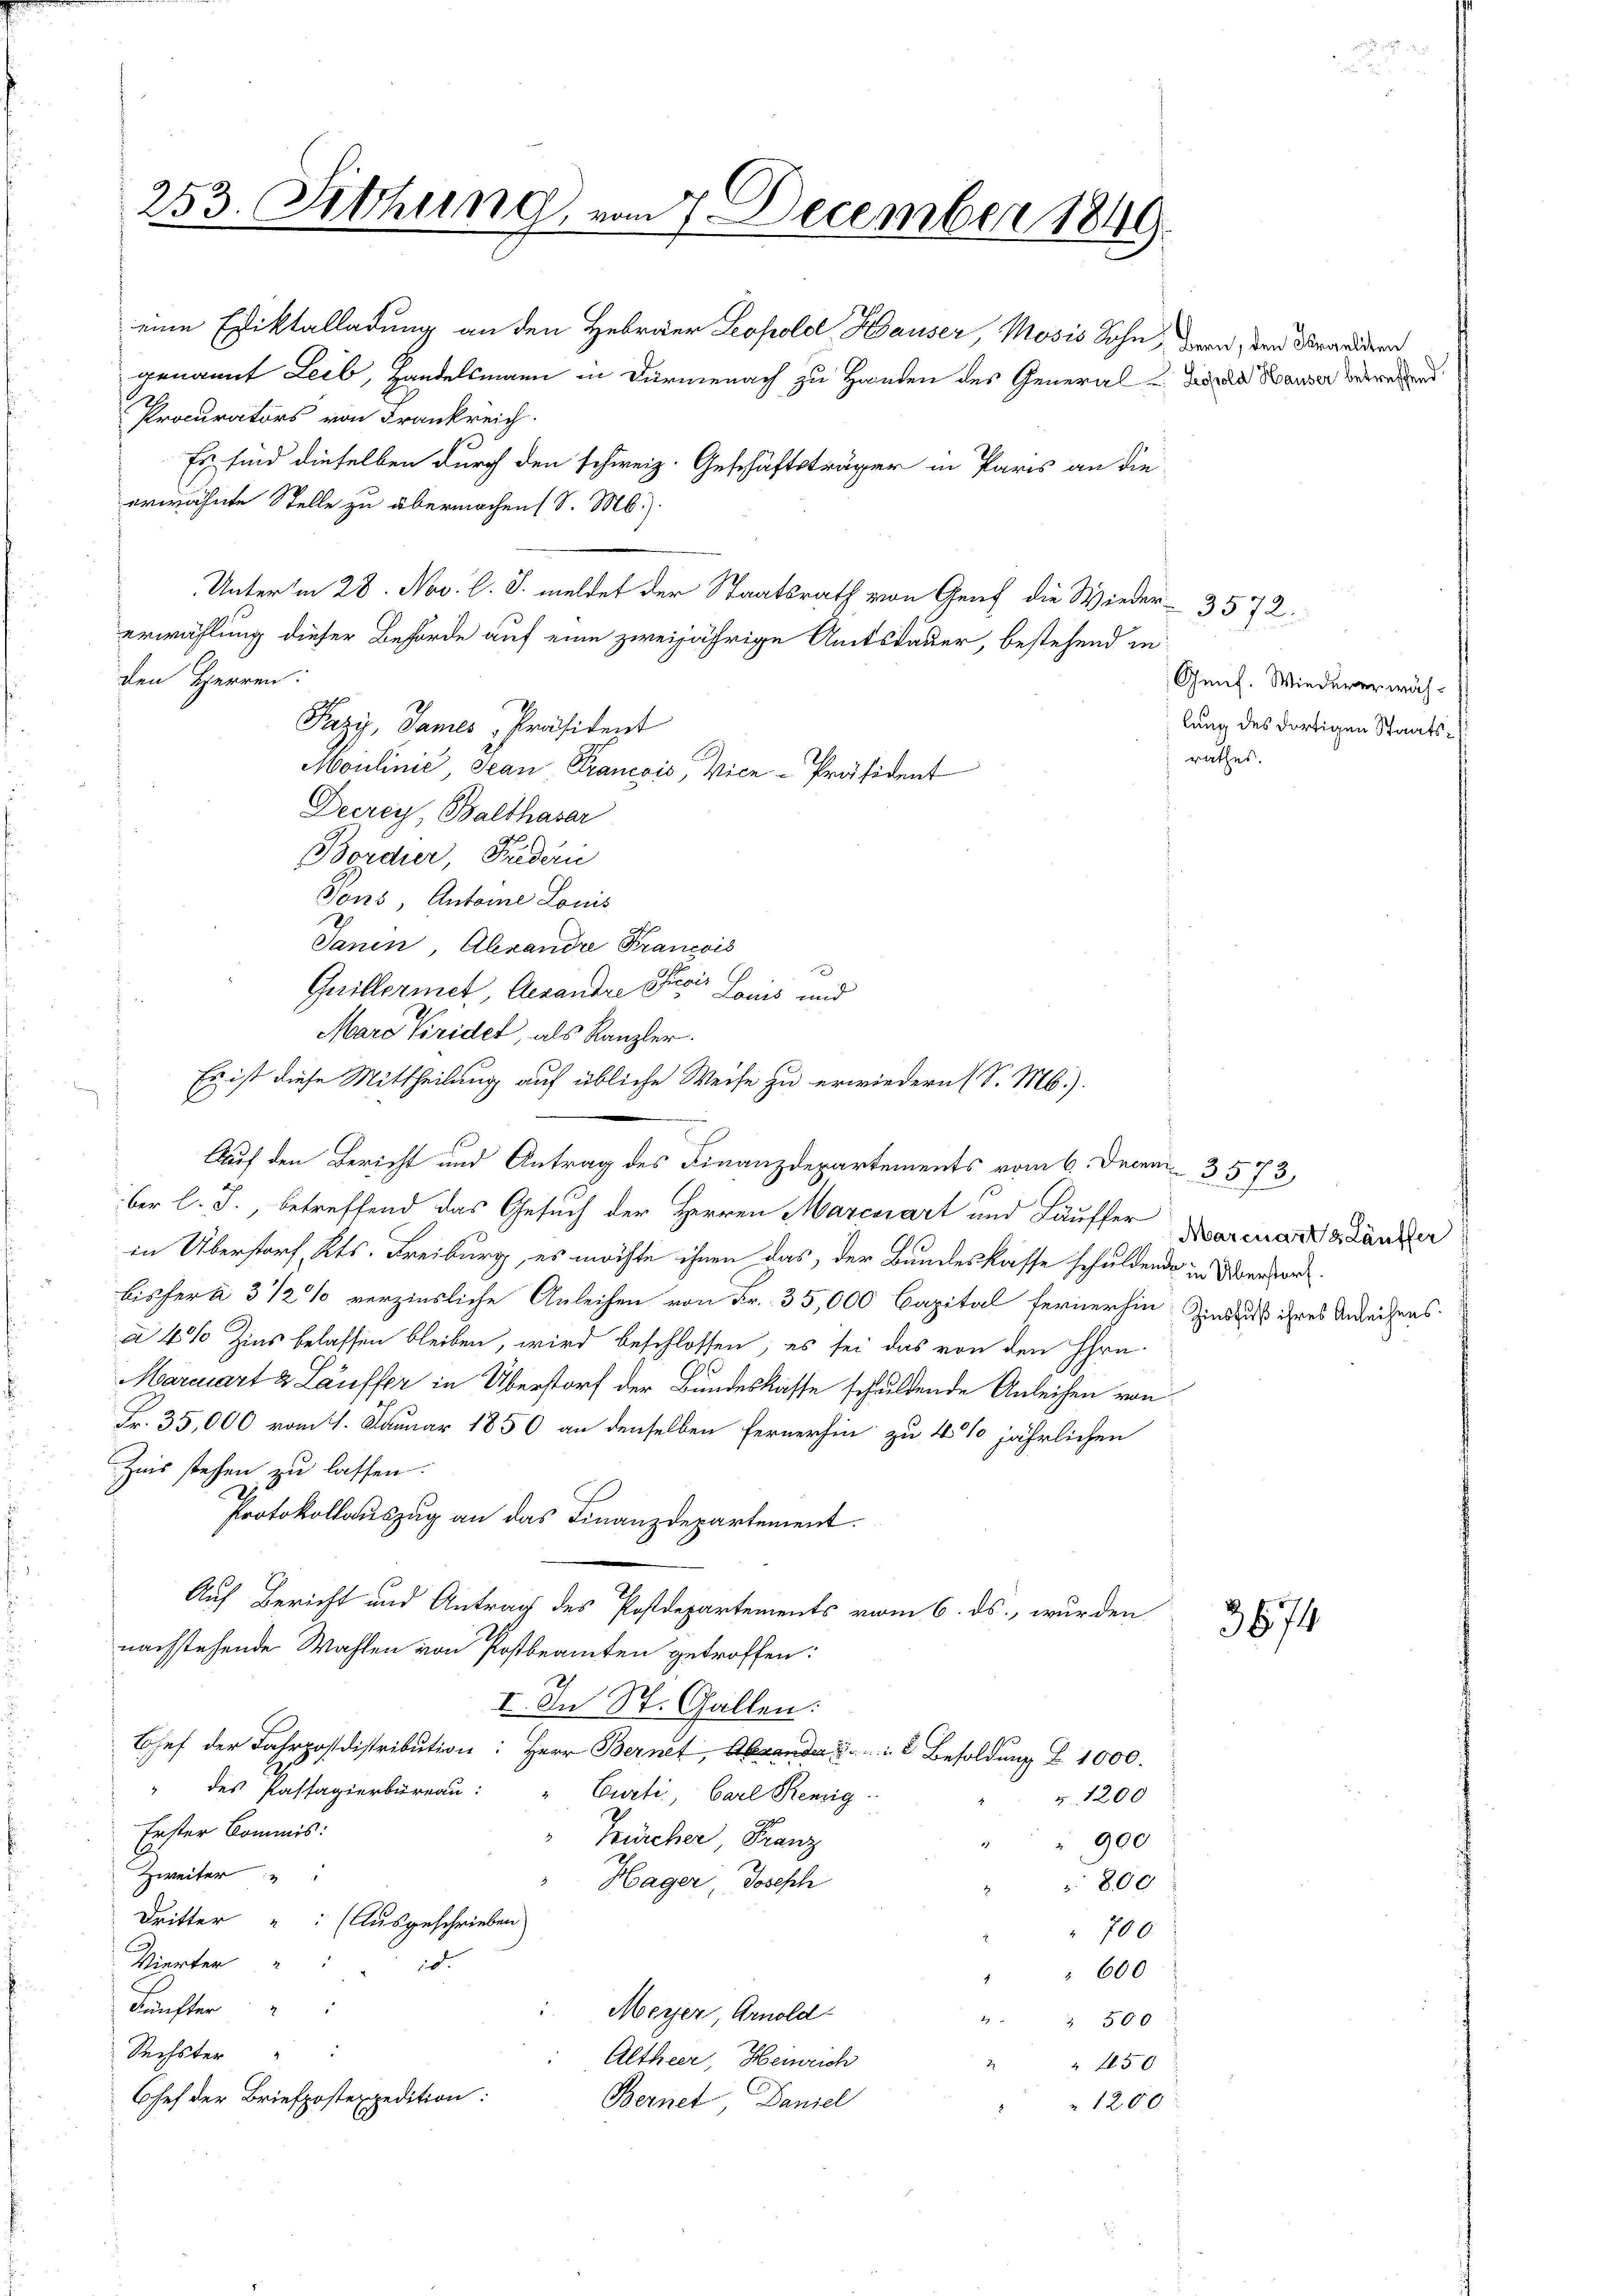
eine Ediktalladung an den Hebräer Leopold Hauser, Mosis Sohn, daran, den Brandern
genannt Leib, Handelsmann in Dürmenach zu Handen des General-Secede Hauser betretend
erwähnte Stelle zu übermachen (S. M.).
Unterm 28. Nov. l. J. meldet der Staatsrath von Genf die Wieder - 3572.
erwählung dieser Behörde auf eine zweijährige Amtsdauer, bestehend in
den Herren:
Pazy, Panes Präsident
Moulinić, Jean Francois, Vice-Präsident
Decrey, Balthasar
Border, Fuderi
Tons Antoine Louis
Janin Abrandre Francois
1
Guillermet, Alexandre Praxis G
Louis und
Maro Tridet, als Kanzler.
Es ist diese Mittheilung auf übliche Weise zu erwiedern (S. M.).
Auf den Bericht und Antrag des Finanzdepartements vom 6. Decem 3573
ber l. J., betreffend das Gesuch der Herren Mareviart und Läuffer Parenanständer
in Überstorf, Kts. Freiburg, es möchte ihnen das, der Bundeskasse schuldende in der vorbisher à 3 1/2% verzinsliche Anleihen von Fr. 35,000 Capital fernerhin, indus ihres Anleihens.
à 4% Zins belassen bleiben, wird beschlossen, es sei das von den Ehrn.
Marcart & Lauffer in Überstorf der Bundeskasse schuldende Anleihen von
Fr. 35,000 vom 1. Januar 1850 an denselben fernerhin zu 4% jährlichen
Zins stehen zu lassen.
Protokollauszug an das Finanzdepartement.
Auf Bericht und Antrag des Postdepartements vom 6. ds., wurden
nachstehende Wahlen von Postbeamten getroffen:
I. In St. Gallen:
Chef der Fahrpostdistribution: Herr Bernet, ande Besoldung § 1000.
" des Passagierbureau:
Curti. Carl Renig
v. 1200
Erster Commis:
Fürcher, Franz
" " 900
Zweiter
Hager, Joseph
800
Dritter " " (Ausgeschrieben
700.
Vierter " " " 10.
600
Fünfter " "
Meyer, Arnold
t
 500
Sechster
Altheer, Heinrich
“ 1450
Chef der Briefpostexpedition:
Bernet Daniel
1200
.

Procurators von Frankreich.

253. Fethung, vom 7. December 184

Es sind dieselben durch den schweiz. Geschäftsträger in Paris an die

Genf. Wiedererwäh-
lung des dortigen Staatsrathes.

3674